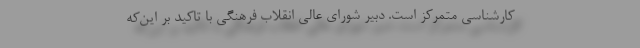
کارشناسی متمرکز است. دبیر شورای عالی انقلاب فرهنگی با تاکید بر این‌که